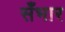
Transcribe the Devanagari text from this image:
सँभार